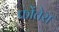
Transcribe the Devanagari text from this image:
फोंतेरा